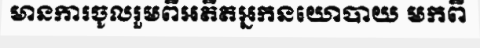
មានការចូលរួមពីអតីតអ្នកនយោបាយ មកពី